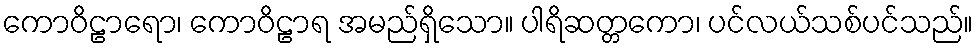
ကောဝိဠာရော၊ ကောဝိဠာရ အမည်ရှိသော။ ပါရိဆတ္တကော၊ ပင်လယ်သစ်ပင်သည်။